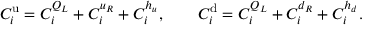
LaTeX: C _ { i } ^ { \mathrm { u } } = C _ { i } ^ { Q _ { L } } + C _ { i } ^ { u _ { R } } + C _ { i } ^ { h _ { u } } , \qquad C _ { i } ^ { \mathrm { d } } = C _ { i } ^ { Q _ { L } } + C _ { i } ^ { d _ { R } } + C _ { i } ^ { h _ { d } } .